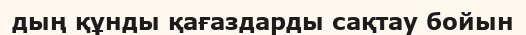
дың құнды қағаздарды сақтау бойын